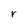
Character: r